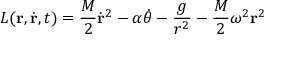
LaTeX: L ( { \bf r } , \dot { \bf r } , t ) = \frac { M } { 2 } \dot { \bf r } ^ { 2 } - \alpha \dot { \theta } - \frac { g } { r ^ { 2 } } - \frac { M } { 2 } \omega ^ { 2 } { \bf r } ^ { 2 }